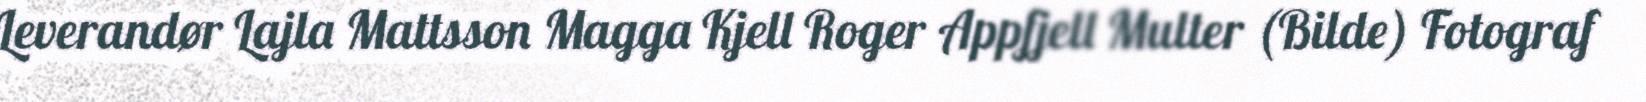
Leverandør Lajla Mattsson Magga Kjell Roger Appfjell Multer (Bilde) Fotograf